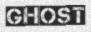
GHOST